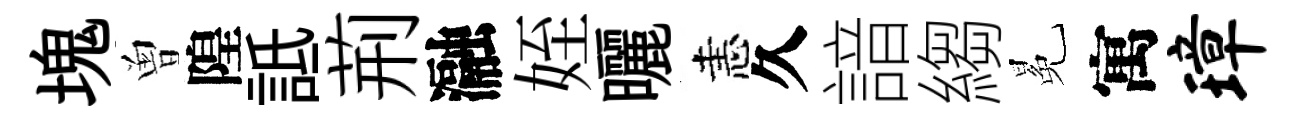
塊曽隍詆荊瀜姪曬恚久諳縐冕寓璋